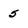
Character: 5